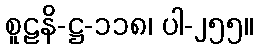
စူဠနိ-ဋ္ဌ-၁၁၈၊ ပါ-၂၅၅။